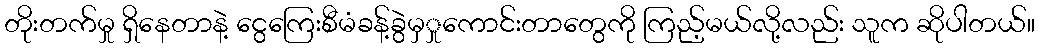
တိုးတက်မှု ရှိနေတာနဲ့ ငွေကြေးစီမံခန့်ခွဲမှှုကောင်းတာတွေကို ကြည့်မယ်လို့လည်း သူက ဆိုပါတယ်။